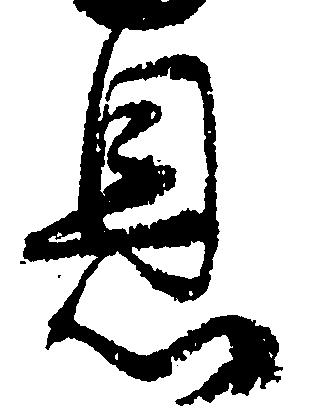
息